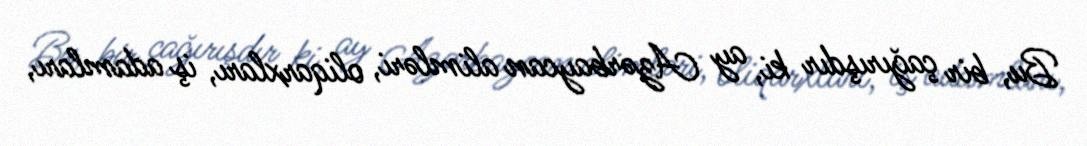
Bu, bir çağırışdır ki, ay Azərbaycan alimləri, oliqarxları, iş adamları,